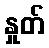
နှုတ်